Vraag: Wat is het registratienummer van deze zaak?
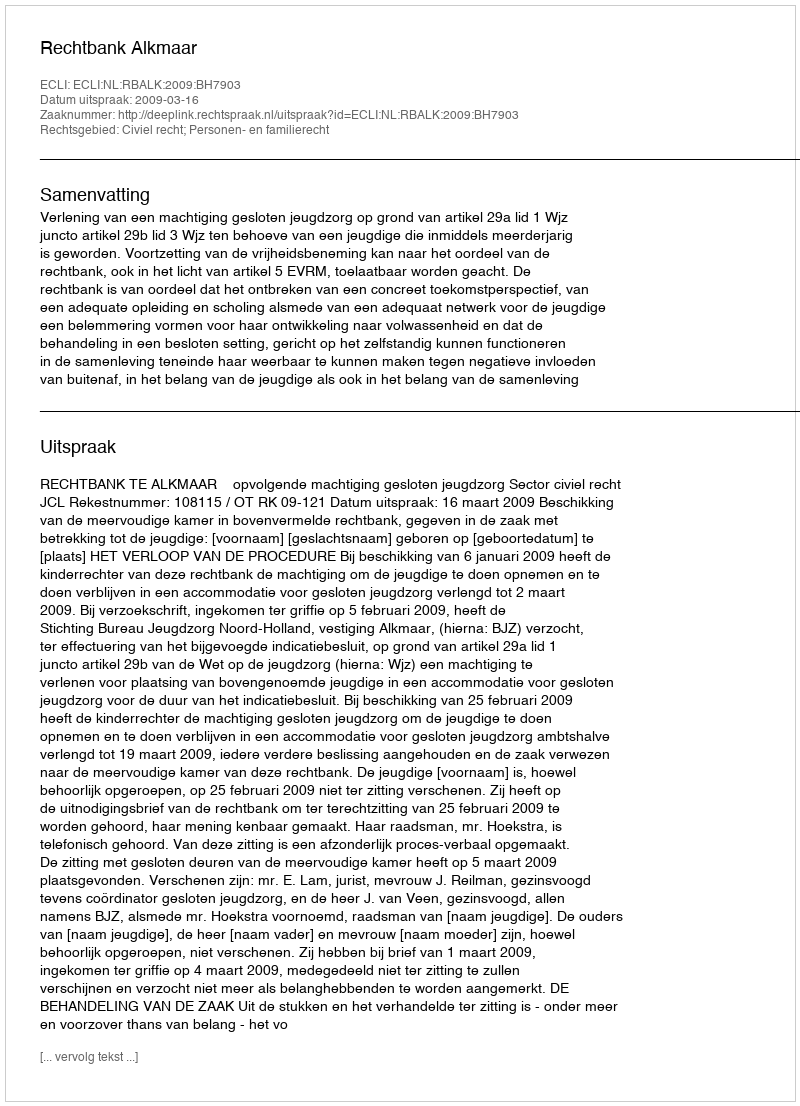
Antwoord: http://deeplink.rechtspraak.nl/uitspraak?id=ECLI:NL:RBALK:2009:BH7903